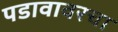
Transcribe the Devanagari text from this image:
पडावावरचा